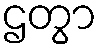
ဌတွာ